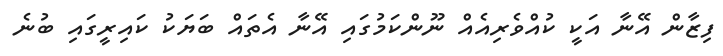
ފިޒާން އޭނާ އަކީ ކުއްވެރިއެއް ނޫންކަމުގައި އޭނާ އެތައް ބަޔަކު ކައިރީގައި ބުނެ